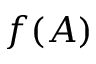
f ( A )